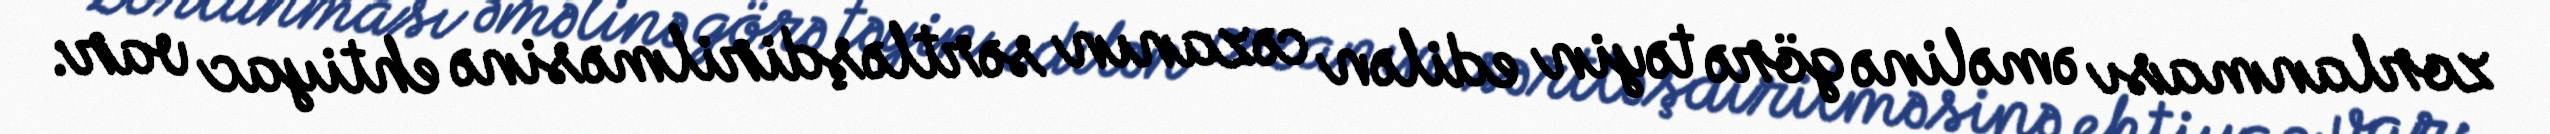
zorlanması əməlinə görə təyin edilən cəzanın sərtləşdirilməsinə ehtiyac var: